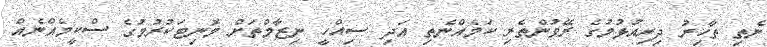
ނެތި ތާހިރު ދިރިއުޅުމުގެ ރޭވުންތެރި ކަމެއްނެތި އަދި ސިއްހީ ނިޒާމްތަށް މޮނިޓަކުރުމުގެ ސްކީމެއްނެއް